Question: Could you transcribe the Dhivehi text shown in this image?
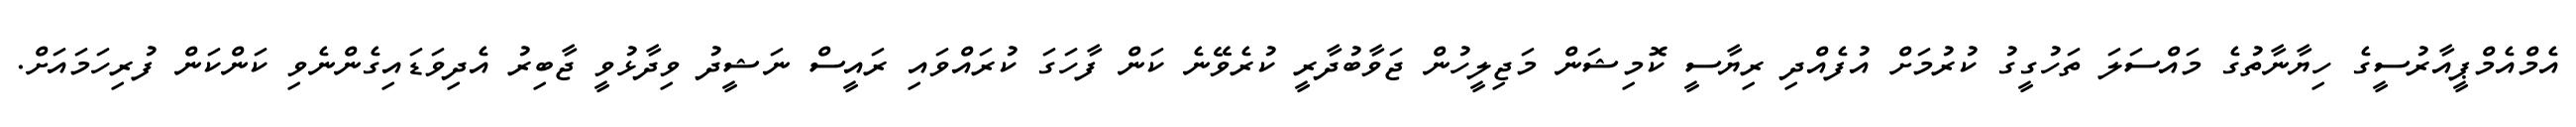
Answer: އެމްއެމްޕީއާރުސީގެ ހިޔާނާތުގެ މައްސަލަ ތަހުގީގު ކުރުމަށް އުފެއްދި ރިޔާސީ ކޮމިޝަން މަޖިލީހުން ޖަވާބުދާރީ ކުރެވޭނެ ކަން ފާހަގަ ކުރައްވައި ރައީސް ނަޝީދު ވިދާޅުވީ ޖާބިރު އެދިވަޑައިގެންނެވި ކަންކަން ފުރިހަމައަށް.